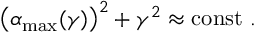
\left( \alpha _ { \mathrm { m a x } } ( \gamma ) \right) ^ { 2 } + \gamma ^ { 2 } \approx \mathrm { c o n s t \ . }